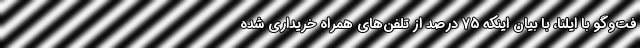
فت‌وگو با ایلنا، با بیان اینکه 75 درصد از تلفن‌های همراه خریداری شده